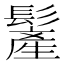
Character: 𩮲